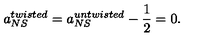
a _ { N S } ^ { t w i s t e d } = a _ { N S } ^ { u n t w i s t e d } - \frac { 1 } { 2 } = 0 .